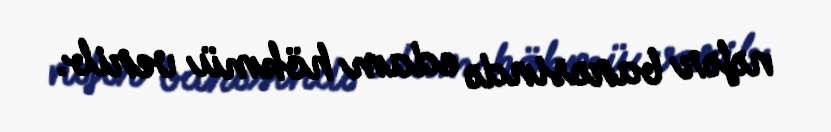
nəfər barəsində edam hökmü verib.